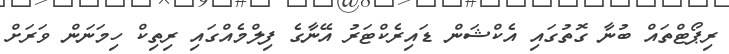
ރިޕޯޓްތައް ބުނާ ގޮތުގައި އެކްޝަން ޑައިރެކްޓަރު އޭނާގެ ފިލްމެއްގައި ރިތިކް ހިމަނަން ވަރަށް